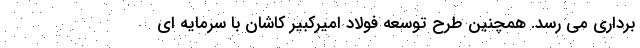
برداری می رسد. همچنین طرح توسعه فولاد امیرکبیر کاشان با سرمایه ای